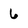
Character: 6